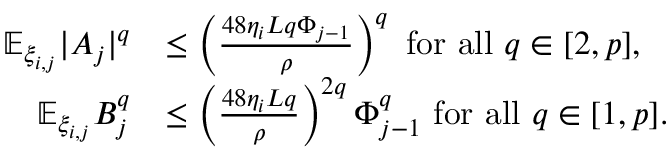
\begin{array} { r l } { \mathbb { E } _ { \xi _ { i , j } } | A _ { j } | ^ { q } } & { \le \left( \frac { 4 8 \eta _ { i } L q \Phi _ { j - 1 } } { \rho } \right) ^ { q } \mathrm { ~ f o r ~ a l l ~ } q \in [ 2 , p ] , } \\ { \mathbb { E } _ { \xi _ { i , j } } B _ { j } ^ { q } } & { \le \left( \frac { 4 8 \eta _ { i } L q } { \rho } \right) ^ { 2 q } \Phi _ { j - 1 } ^ { q } \mathrm { ~ f o r ~ a l l ~ } q \in [ 1 , p ] . } \end{array}